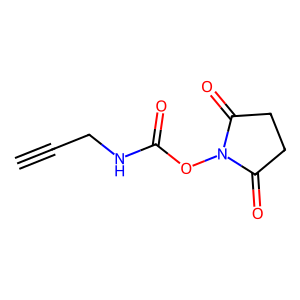
SMILES: C#CCNC(=O)ON1C(=O)CCC1=O
Inhibits HIV replication: No